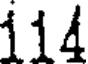
114